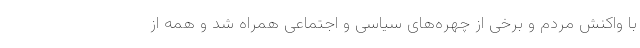
با واکنش مردم و برخی از چهره‌های سیاسی و اجتماعی همراه شد و همه از